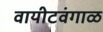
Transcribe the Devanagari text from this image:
वायीटवंगाळ